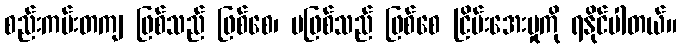
စည်းကမ်းတကျ ဖြစ်သည် ဖြစ်စေ၊ မဖြစ်သည် ဖြစ်စေ ငြိမ်းအေးမှုကို ရနိုင်ပါတယ်။